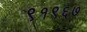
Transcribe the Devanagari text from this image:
९१९६७